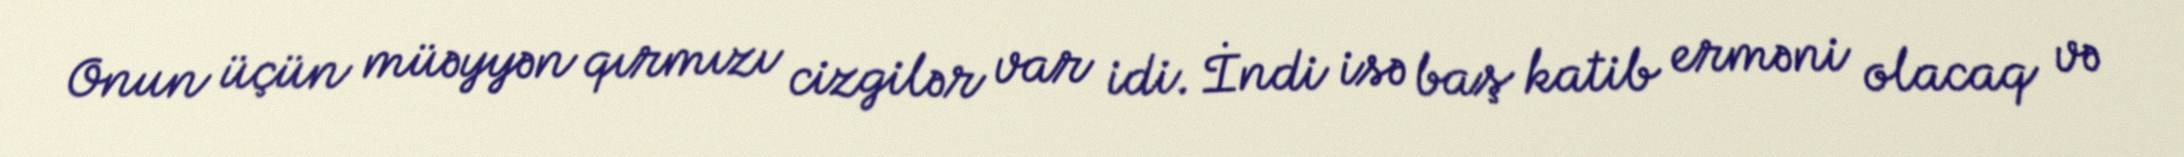
Onun üçün müəyyən qırmızı cizgilər var idi. İndi isə baş katib erməni olacaq və